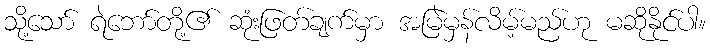
သို့သော် ရဲဘော်တို့၏ ဆုံးဖြတ်ချက်မှာ အမြဲမှန်လိမ့်မည်ဟု မဆိုနိုင်ပါ။